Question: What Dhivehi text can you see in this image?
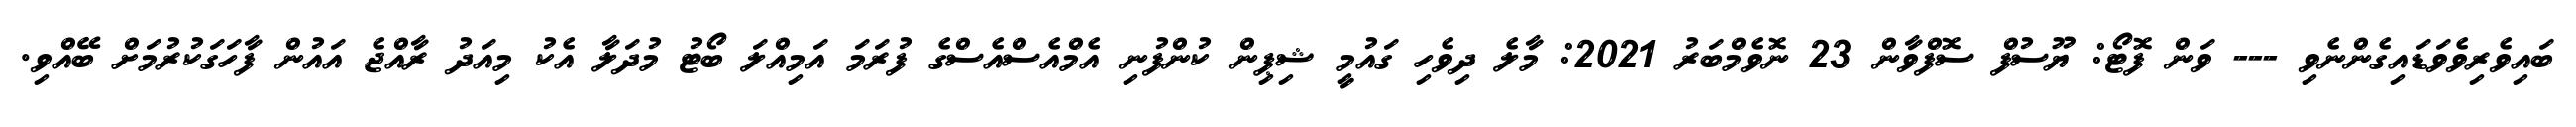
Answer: ބައިވެރިވެވަޑައިގެންނެވި --- ވަން ފޮޓޯ: ޔޫސުފް ސޮފްވާން 23 ނޮވެމްބަރު 2021: މާލެ ދިވެހި ގައުމީ ޝިޕިން ކުންފުނި އެމްއެސްއެސްގެ ފުރަމަ އަމިއްލަ ބޯޓު މުދަލާ އެކު މިއަދު ރާއްޖެ އައުން ފާހަގަކުރުމަށް ބޭއްވި.